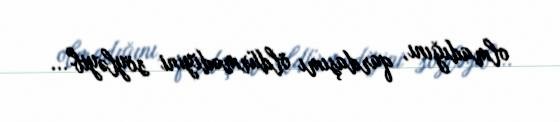
olmadığını, qardaşımı öldürmədiyini söyləyib"...